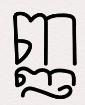
ញ្ញ